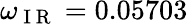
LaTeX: \omega_{\mathrm{~I~R~}}=0.05703